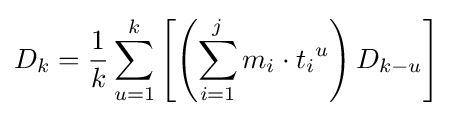
D_{k}={\frac {1}{k}}\sum \limits _{u=1}^{k}\left[\left(\sum \limits _{i=1}^{j}m_{i}\cdot {t_{i}}^{u}\right)D_{k-u}\right]